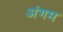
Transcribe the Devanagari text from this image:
अंगम